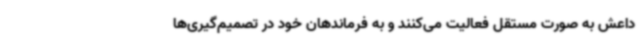
داعش به صورت مستقل فعالیت می‌کنند و به فرماندهان خود در تصمیم‌گیری‌ها